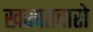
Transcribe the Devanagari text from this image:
खरपतवारो